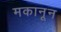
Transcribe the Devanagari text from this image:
मकानून